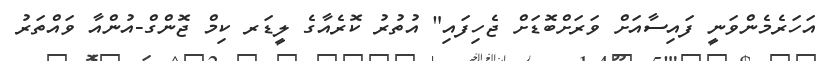
އަހަރެމެންވަނީ ފައިސާއަށް ވަރަށްބޮޑަށް ޖެހިފައި" އުތުރު ކޮރެއާގެ ލީޑަރ ކިމް ޖޮންގް-އުންއާ ވައްތަރު